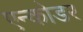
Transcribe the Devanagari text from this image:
एन्कोडर